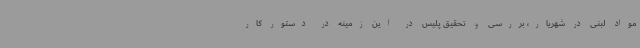
مواد لبنی در شهریار، بررسی و تحقیق پلیس در این زمینه در دستور کار